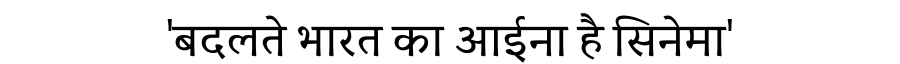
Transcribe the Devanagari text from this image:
'बदलते भारत का आईना है सिनेमा'